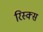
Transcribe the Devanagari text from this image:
रिस्क्स